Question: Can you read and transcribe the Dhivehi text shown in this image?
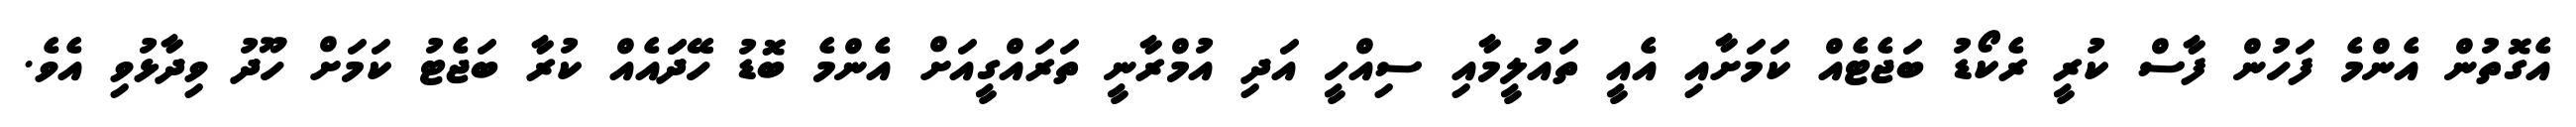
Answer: އެގޮތުން އެންމެ ފަހުން ފާސް ކުރީ ރެކޯޑު ބަޖެޓެއް ކަމަށާއި އެއީ ތައުލީމާއި ސިއްހީ އަދި އުމްރާނީ ތަރައްގީއަށް އެންމެ ބޮޑު ހޭދަައެއް ކުރާ ބަޖެޓު ކަމަށް ހޫދު ވިދާޅުވި އެވެ.